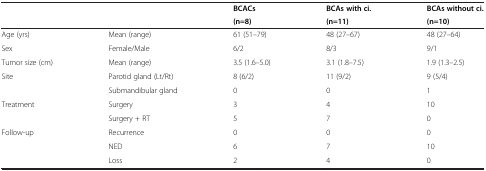
|  |  | BCACs | BCAs with ci. | BCAs without ci. |
 |  |  | (n=8) | (n=11) | (n=10) |
 | --- | --- | --- | --- | --- |
 | Age (yrs) | Mean (range) | 61 (51–79) | 48 (27–67) | 48 (27–64) |
 | Sex | Female/Male | 6/2 | 8/3 | 9/1 |
 | Tumor size (cm) | Mean (range) | 3.5 (1.6–5.0) | 3.1 (1.8–7.5) | 1.9 (1.3–2.5) |
 | Site | Parotid gland (Lt/Rt) | 8 (6/2) | 11 (9/2) | 9 (5/4) |
 |  | Submandibular gland | 0 | 0 | 1 |
 | <ROWSPAN=2> Treatment | Surgery | 3 | 4 | 10 |
 | Surgery + RT | 5 | 7 | 0 |
 | <ROWSPAN=2> Follow-up | Recurrence | 0 | 0 | 0 |
 | NED | 6 | 7 | 10 |
 |  | Loss | 2 | 4 | 0 |